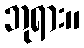
ဘုရား။